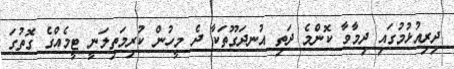
ދިރިއުޅުމުގައި ދިމާވާ ކޮންމެ ދަތި އުނދަގޫތަކާ ދެ މީހުން ކުރިމަތިލަނީ ޓީމެއްގެ ގޮތުގަ